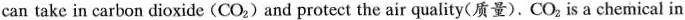
can take in carbon dioxide (CO_{2})and protect the air quality(质量).CO_{2} is a chemical in